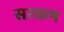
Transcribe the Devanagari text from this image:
सरकष